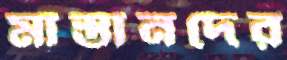
মাস্তানদের